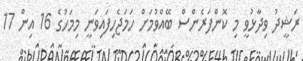
ރަޝީދު ވިދާޅުވީ މި ކޮންފަރެންސް ބޭއްވުމަށް ހަމަޖެހިފައިވަނީ މިމަހުގެ 16 އިން 17